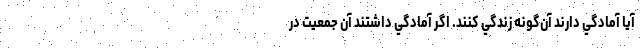
آيا آمادگي دارند آن‌گونه زندگي كنند. اگر آمادگي داشتند آن جمعيت در